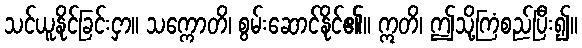
သင်ယူနိုင်ခြင်းငှာ။ သက္ကောတိ၊ စွမ်းဆောင်နိုင်၏။ ဣတိ၊ ဤသို့ကြံစည်ပြီး၍။